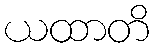
ယထာတိ